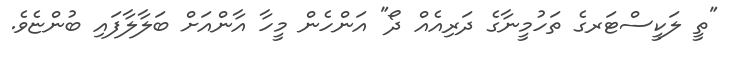
"ތީ ލަކީސްޓަރގެ ތަހުމީނާގެ ދަރިއެއް ދޯ" އަންހެން މީހާ އާންއަށް ބަލާލާފައި ބުންޏެވެ.